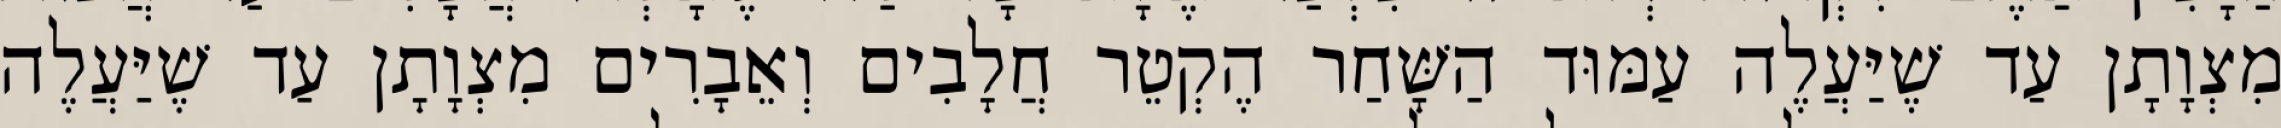
מִצְוָתָן עַד שֶׁיַּעֲלֶה עַמּוּד הַשָּׁחַר הֶקְטֵר חֲלָבִים וְאֵבָרִים מִצְוָתָן עַד שֶׁיַּעֲלֶה